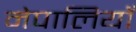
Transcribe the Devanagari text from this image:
नेपालियोँ